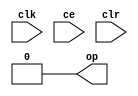
module sysgen_constant_f007950b6c (
  output [(1 - 1):0] op,
  input clk,
  input ce,
  input clr);
  assign op = 1'b0;
endmodule